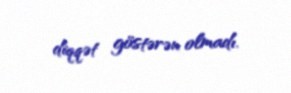
diqqət göstərən olmadı.